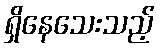
ရှိနေသေးသည့်